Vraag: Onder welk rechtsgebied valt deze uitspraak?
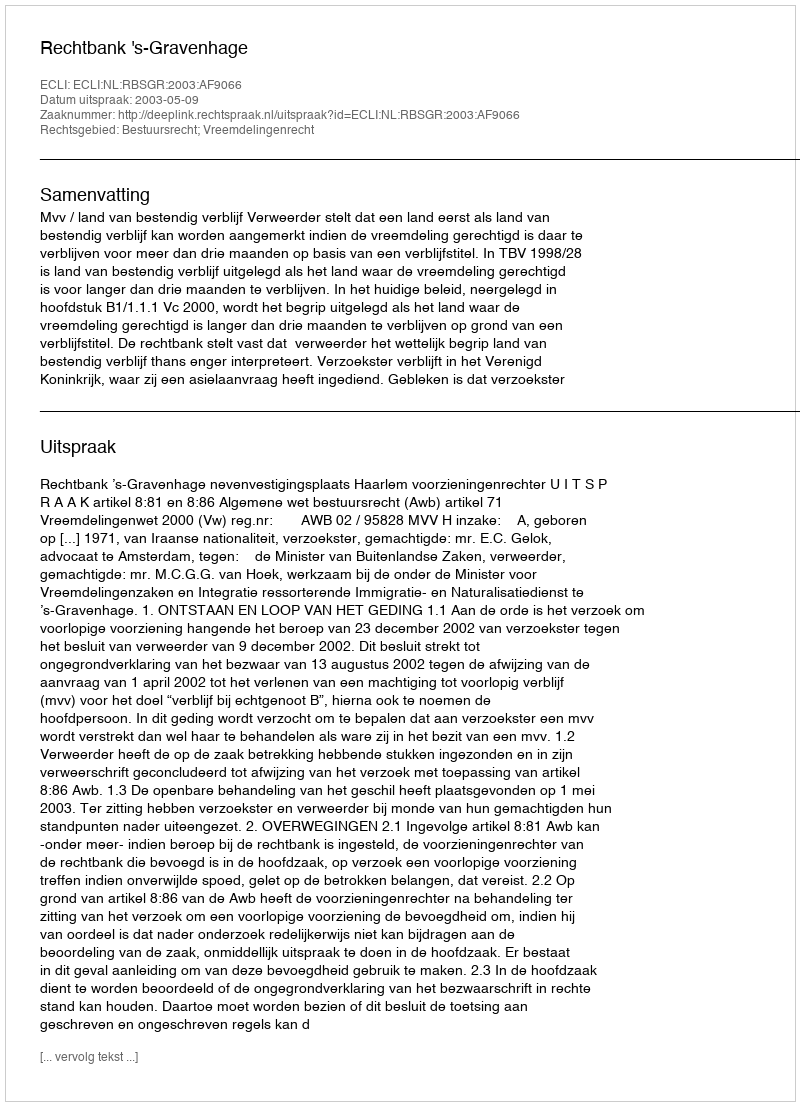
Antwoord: Bestuursrecht; Vreemdelingenrecht